Calcutta medical institutions reports 1871-78
Year: 1871
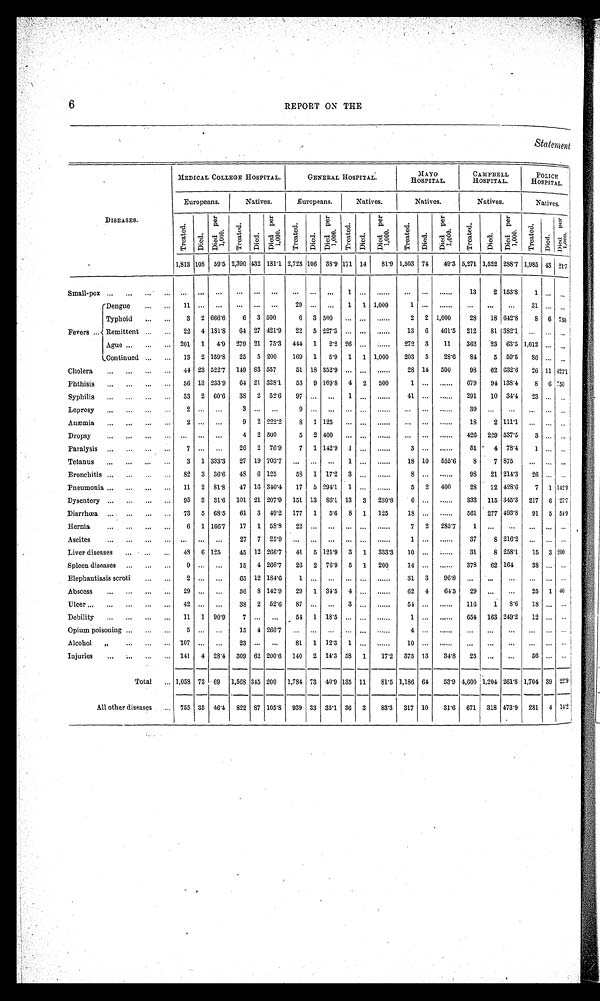
6 REPORT ON THE
Statement
DISEASES.
MEDICAL COLLEGE HOSPITAL.
GENERAL HOSPITAL.
MAYO HOSPI TAL.
CAMPBELL
HOSPITAL.
POLI CE HOSPI TAL.
Europeans.
Natives.
Europeans.
Natives.
Natives.
Natives.
Natives.
T r e a t e d .
Di ed.
D i e d p e r 1 , 0 0 0 .
T r e a t e d .
Died.
D i e d p e r 1 , 0 0 0 .
T r e a t e d .
Died.
D i e d p e r 1 , 0 0 0 Tr eat ed
Died.
D i e d p e r 1 , 0 0 0 .
T r e a t e d .
Died.
D i e d p e r 1 , 0 0 0 .
Tr eat ed.
Died.
D i e d p e r 1 , 0 0 0 .
Tr eat ed.
D i e d . D i e d p e r 1 , 0 0 0 .
1,813 108 59.5 2,390 432 181.1 2,728 106 38.9 171 14 81.9 1,503 74 49.3 5,271 1,522 288.7 1,985 43 21.7
S ma l l - p o x ... ... ... ... ... ... ... ... ... 1 ... ...... ... ... ......
13 2 153.8 1 ... ...
Fevers
Dengue
11 ... ... ... ... ... 29 ... ... 1 1 1,000
1 ... ...... ... ... ... 31 ... ...
Typhoid
3 2 666.6
6 3 500
6 3 500 ... ... ......
2 2 1,000 28 18 642.8 8 6 750
Remittent
22 4 181.8 64 27 421.9 22 5 227.3 ... ... ...... 13 6 461.5 212 81 382.1 ... ... ...
Ague
201 1 4.9 279 21 75.3 444 1 2.2 26 ... ...... 272 3 11
362 23 63.5 1,012 ... ...
Continued
13 2 159.8 25 5 200
169 1 5.9 1 1 1,000
203 5
28.6 84 5 59.5 86 ... ...
Cholera
44 23 522.7 149 83 557
51 18 352.9... ... ......
28 14 500
98 62 632.6 26 11 423.1
Phthisis
56 13 233.9 64 21 328.1 53 9 169.8 4 2 500
1 ... ...... 679 94 138.4 8 6 750
Syphilis
33 2 60.6 38 2 52.6 97 ... ... 1 ... ......
41 ... ......
291 10 34.4 23 ... ...
Leprosy
2 ... ...
3 ... ...
9 ... ... ... ... ...... ... ... ......
39 ... ... ... ... ...
Anæmia
2 ... ...
9 2 222.2 8 1 125 ... ... ...... ... ... ......
18 2 111.1 ... ... ...
Dropsy
... ... ...
4 2 500
5 2 400 ... ... ...... ... ... ......
426 229 537.5
3 ... ...
Paralysis
7 ... ...
26 2 76.9
7 1 142.9 1 ... ......
3 ... ......
51
4 78.4 1 ... ...
Tetanus
3 1 333.3 27 19 703.7 ... ... ... 1 ... ......
18 10 555.6
8
7 875 ... ... ...
Bronchitis
82 3 36.6 48 6 125
58 1 17.2 3 ... ......
8 ... ......
98 21 214.3 26 ... ...
Pneumonia
11 2 81.8 47 16 340.4 17 5 294.1 1 ... ......
5 2 400
28 12 428.6
7 1 142.9
Dysentery
95 3 31.6 101 21 207.9 151 13 86.1 13 3 230.8
6 ... ...... 333 115 345.3 217 6 27.7
Diarrhœa
73 5 68.5 61 3 49.2 177 1 5.6 8 1 125
18 ... ...... 561 277 493.8 91 5 54.9
Hernia
6 1 166.7 17 1 58.8 22 ... ... ... ... ......
7 2 285.7 1 ... ... ... ... ...
Ascites
... ... ...
27 7 25.9 ... ... ... ... ... ......
1 ... ......
37
8 216.2 ... ... ...
Liver diseases
48 6 125
45 12 266.7 41 5 121.9 3 1 333.3 10 ... ...... 31
8 258.1 15 3 200
Spleen diseases
9 ... ... 15 4 266.7 26 2 76.9 5 1 200
14 ... ...... 378 62 164
38 ......
Elephantiasis scroti
2 ... ...
65 12 184.6 1 ... ... ... ... ...... 31 3 96.8 ... ... ... ... ... ...
Abscess
29 ... ...
56 8 142.9 29 1 34.5 4 ... ......
62 4 64.5 29 ... ... 25 1 40
Ulcer
42 ... ... 38 2 52.6 87 ... ... 3 ... ......
54 ... ......
116
1 8.6 18 ... ...
Debility
11 1 90.9
7 ... ...
54 1 18.5 ... ... ......
1 ... ......
654 163 249.2 12 ... ...
Opium poisoning
5 ... ...
15 4 266.7 ... ... ... ... ... ......
4 ... ......
... ... ... ... ... ...
Alcohol „
107 ... ...
23 ... ...
81 1 12.3 1 ... ......
10 ... ......
... ... ... ... ... ...
Injuries
141 4 28.4 309 62 200.6 140 2 14.3 58 1 17.2 373 13
34.8 25 ... ...
56 ... ...
Total
1,058
73
69 1,568 345 200 1,784 73 40.9 135 11 81.5 1,186 64 53.9 4,600 1,204 261.8 1,704 39 22.9
All other diseases
755
35
46.4
822 87
105.8 939 33 35.1 36 3 83.3 317 10 31.6 671 318 473.9 281 4 14.2